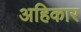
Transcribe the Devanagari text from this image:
अहिकार